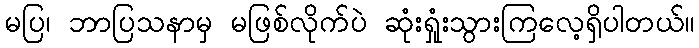
မပြ၊ ဘာပြသနာမှ မဖြစ်လိုက်ပဲ ဆုံးရှုံးသွားကြလေ့ရှိပါတယ်။